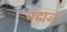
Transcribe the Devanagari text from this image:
ब्रह्मज्ञ